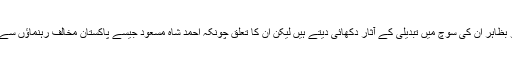
’وہ جو بیانات جاری کرتے رہے ہیں اور ہم جو ان سے ملے ہیں تو بظاہر ان کی سوچ میں تبدیلی کے آثار دکھائی دیتے ہیں لیکن ان کا تعلق چونکہ احمد شاہ مسعود جیسے پاکستان مخالف رہنماؤں سے رہا ہے اس لیے نہیں کہا جا سکتا کہ وہ مکمل تبدیل ہوچکے ہیں‘۔